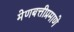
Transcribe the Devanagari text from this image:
मेणबत्तीप्रमाणे